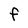
Character: F